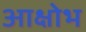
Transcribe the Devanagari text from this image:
आक्षोभ